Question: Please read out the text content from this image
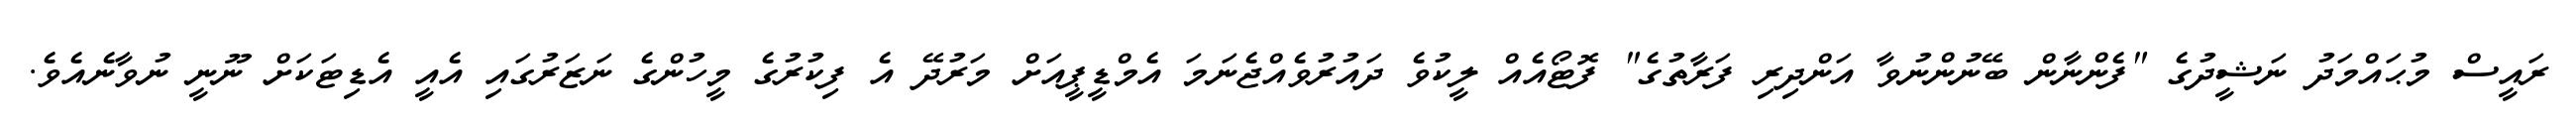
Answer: ރައީސް މުޙައްމަދު ނަޝީދުގެ "ފެންނާން ބޭނުންނުވާ އަންދިރި ފަރާތުގެ" ފޮޓޯއެއް ލީކުވެ ދައުރުވެއްޖެނަމަ އެމްޑީޕީއަށް މަރުދޭ އެ ފިކުރުގެ މީހުންގެ ނަޒަރުގައި އެއީ އެޑިޓަކަށް ނޫނީ ނުވާނެއެވެ.